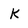
Character: k